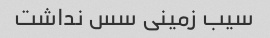
سیب زمینی سس نداشت